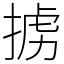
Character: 掳